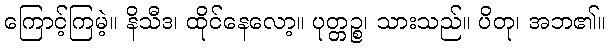
ကြောင့်ကြမဲ့။ နိသီဒ၊ ထိုင်နေလော့။ ပုတ္တဉ္စ၊ သားသည်။ ပိတု၊ အဘ၏။